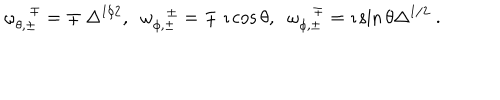
\omega _ { \theta , \pm } ^ { \mp } = \mp ~ \Delta ^ { 1 / 2 } , \; \; \omega _ { \phi , \pm } ^ { \pm } = \mp ~ \imath \cos { \theta } , \; \; \omega _ { \phi , \pm } ^ { \mp } = \imath \sin { \theta } \Delta ^ { 1 / 2 } ~ .